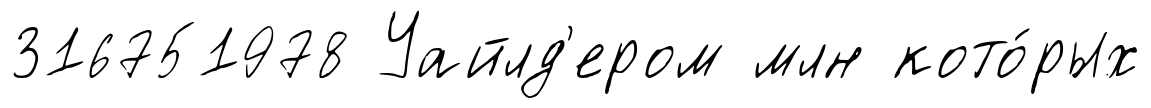
316751978 Уайлд'ером млн кото́рых